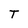
Character: T